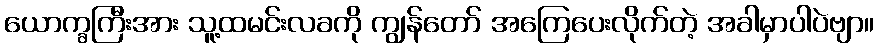
ယောက္ခကြီးအား သူ့ထမင်းလခကို ကျွန်တော် အကြေပေးလိုက်တဲ့ အခါမှာပါပဲဗျာ။